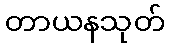
တာယနသုတ်